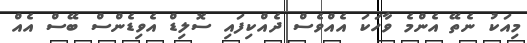
މިއަކު ނެތޭ އެންމެ ވާހަކަ އެއްވެސް ދެއްކިފައި ސޮލިޑް އެވިޑެންސް ބޭސް އެއް